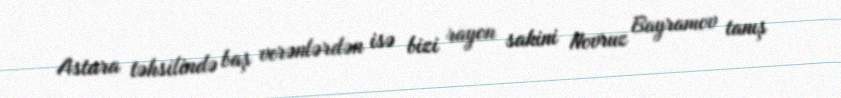
Astara təhsilində baş verənlərdən isə bizi rayon sakini Novruz Bayramov tanış